Madras plague regulations in force outside the Presidency town - Volume 3
Disease focus: Plague
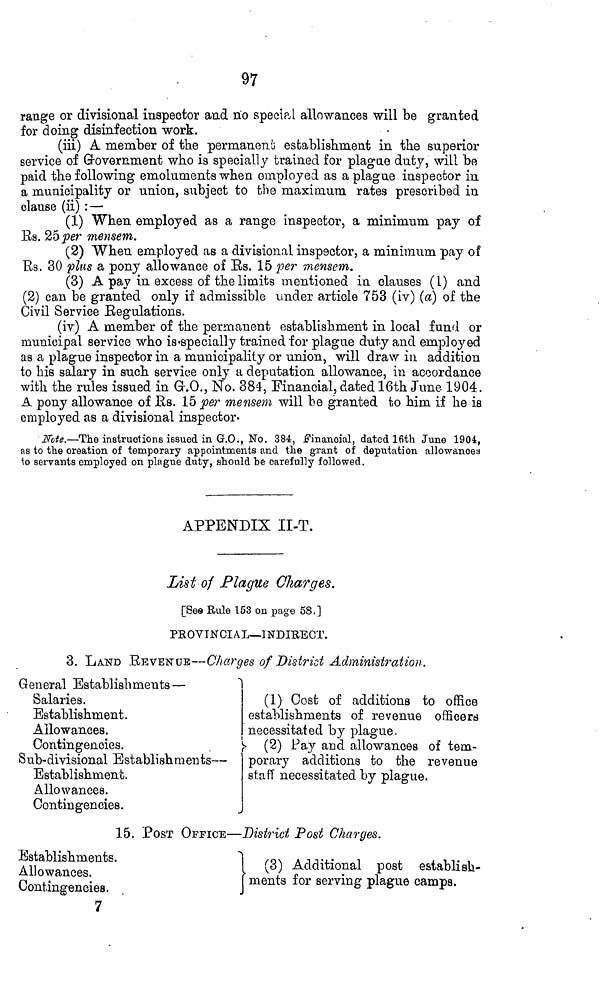
97
range or divisional inspector and no specie,! allowances will be granted
for doing disinfection work.
(iii) A member of the permanent establishment in the superior
service of Grovernment who is specially trained for plague duty, will be
paid the following emoluments when employed as a plague inspector in
a municipality or union, subject to the maximum rates prescribed in
clause (ii) : —
(1) When employed as a range inspector, a minimum pay of
Es. 25 per mensem.
(2) When employed as a divisional inspector, a minimum pay of
Rs. 30 pins a pony allowance of Es. 15 per mensem.
(3) A pay in excess of the limits mentioned in clauses (1) and
(2) can be granted only if admissible under article 753 (iv) («) of the
Civil Service Eegulations.
(iv) A member of the permanent establishment in local fund or
municipal service who is«specially trained for plague duty and employed
as a plague inspector in a municipality or union, will draw in addition
to his salary in such service only a deputation allowance, in accordance
with the rules issued in Gr.O., No. 384, Financial, dated 16th June 1904.
A pony allowance of Es. 15 per mensem will be granted to him if he is
employed as a divisional inspector-
Nute.—The instructions issued in G.O., No. 384, Financial, dated 16th June 1904,
as to the creation of temporary appointments and the grant of deputation allowances
io servants employed on plague duty, should be carefully followed.
APPENDIX II-T.
List of Plague Charges.
[See Rule 153 on page 58.]
PROVINCIAL—INDIRECT.
3. LAND EEVENUE—Charges of District Administration.
General Establishments —
Salaries.
Establishment.
Allowances.
Contingencies.
Sub-divisional Establishments —
Establishment.
Allowances.
Contingencies.
(1) Cost of additions to office
establishments of revenue officers
necessitated by plague.
(2) Fay aud allowances of tem-
porary additions to the revenue
staff necessitated by plague.
15. POST OFFICE—District Post Charges.
Establishments.
Allowances.
Contingencies.
7
(3) Additional post establish-
ments for serving plague camps.